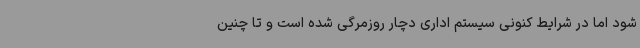
شود اما در شرایط کنونی سیستم ‌اداری دچار روزمرگی شده است و تا چنین